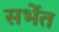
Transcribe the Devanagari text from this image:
सभेंत